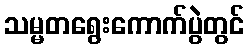
သမ္မတရွေးကောက်ပွဲတွင်